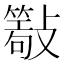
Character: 𣀖